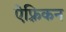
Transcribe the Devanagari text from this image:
ऐफ़्रिकन